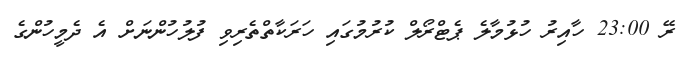
ރޭ 23:00 ހާއިރު ހުޅުމާލެ ޕެޓްރޯލް ކުރުމުގައި ހަރަކާތްތެރިވި ފުލުހުންނަށް އެ ދެމީހުންގެ